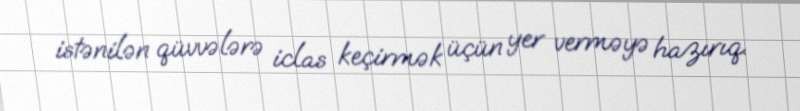
istənilən qüvvələrə iclas keçirmək üçün yer verməyə hazırıq.